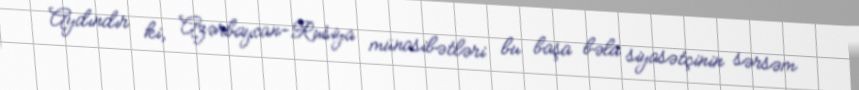
Aydındır ki, Azərbaycan-Rusiya münasibətləri bu başa bəla siyasətçinin sərsəm